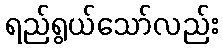
ရည်ရွယ်သော်လည်း